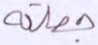
جعلته